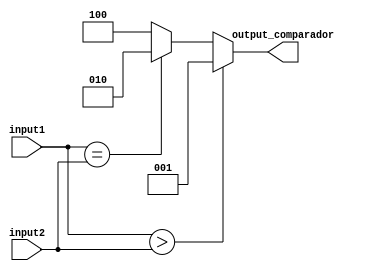
//Comparador de cadenas de 4 bits

module Comparador4bits(

	//declaracion de los vectores
	input[3:0] input1, input2,
	
	//salidas representando que operacion logica se cumple
	output reg [2:0] output_comparador

);

/*assign output_comparador[0] = input1 > input2;
assign output_comparador[1] = input1 == input2;
assign output_comparador[2] = input1 < input2;*/

always @*
begin 

	if (input1 > input2)
		
		//La operacion logica que se cumple es el mayor que
		output_comparador = 3'b001;
		
	else if (input1 == input2)
	
		//La operacion logica que se cumple es el igual que
		output_comparador = 3'b010;
		
	else 
	
		//La operacion logica que se cumple es el menor que
		output_comparador = 3'b100;
		
end

endmodule